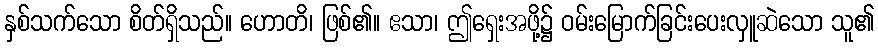
နှစ်သက်သော စိတ်ရှိသည်။ ဟောတိ၊ ဖြစ်၏။ ဧသာ၊ ဤရှေးအဖို့၌ ဝမ်းမြောက်ခြင်းပေးလှူဆဲသော သူ၏